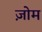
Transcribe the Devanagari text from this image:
ज़ोम